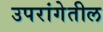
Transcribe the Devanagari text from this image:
उपरांगेतील